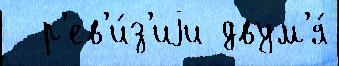
  р'ев'и́з'иjи двум'я́